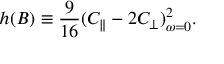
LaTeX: h ( B ) \equiv \frac { 9 } { 1 6 } ( C _ { \| } - 2 C _ { \bot } ) _ { \omega = 0 } ^ { 2 } .